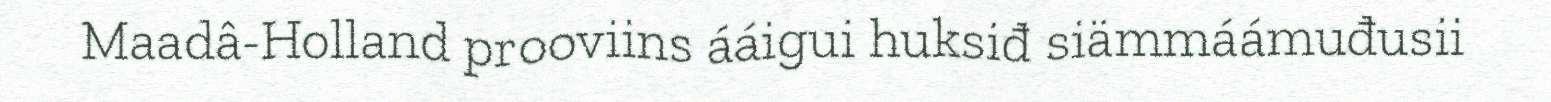
Maadâ-Holland prooviins ááigui huksiđ siämmáámuđusii